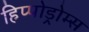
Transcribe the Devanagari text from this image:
हिप्पोड्रोम्स